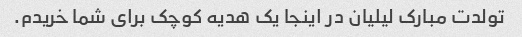
تولدت مبارک لیلیان در اینجا یک هدیه کوچک برای شما خریدم.